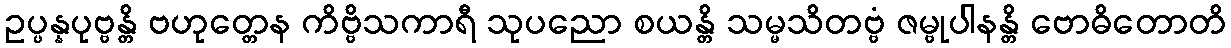
ဥပ္ပန္နပုဗ္ဗန္တိ ဗဟုတ္တေန ကိဗ္ဗိသကာရီ သုပညော စယန္တိ သမ္မသိတဗ္ဗံ ဇမ္ဗုပါနန္တိ ဗောဓိတောတိ